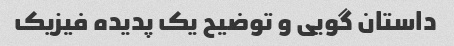
داستان گویی و توضیح یک پدیده فیزیک